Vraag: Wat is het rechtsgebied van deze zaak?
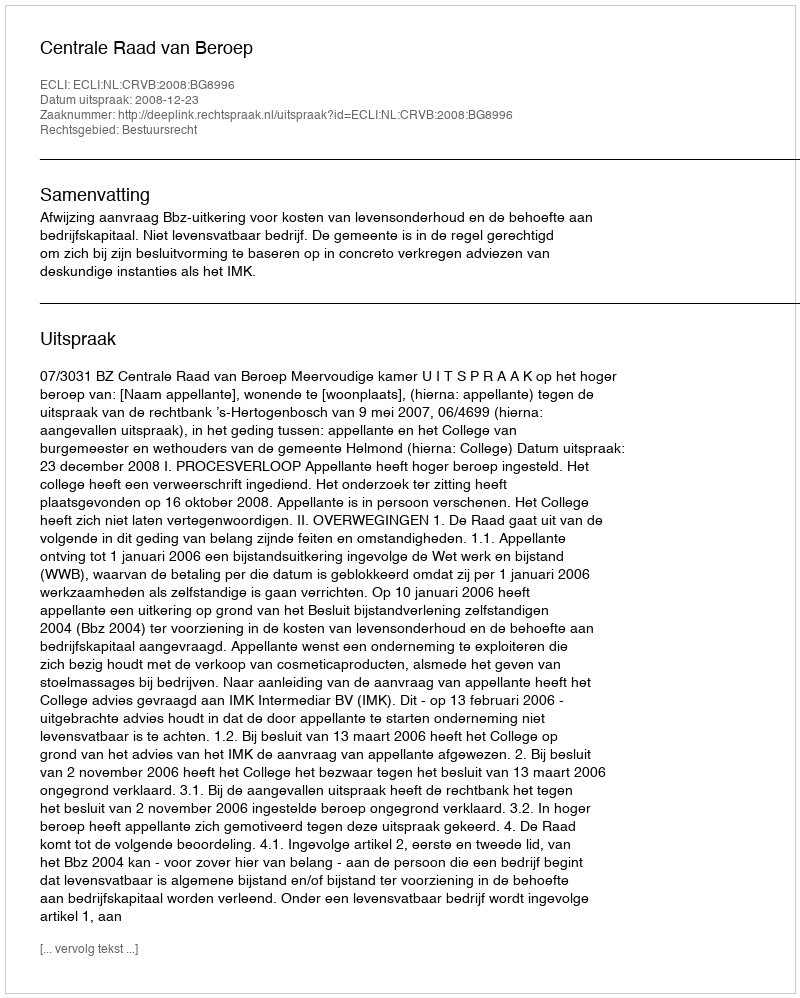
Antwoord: Bestuursrecht